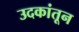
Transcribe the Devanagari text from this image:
उदकांतून